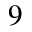
^ 9